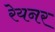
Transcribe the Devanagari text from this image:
रेयनर